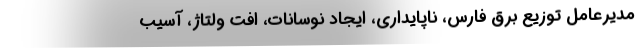
مدیرعامل توزیع برق فارس، ناپایداری، ایجاد نوسانات، افت ولتاژ، آسیب